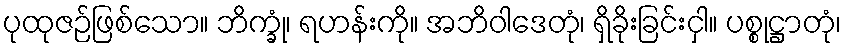
ပုထုဇဉ်ဖြစ်သော။ ဘိက္ခုံ၊ ရဟန်းကို။ အဘိဝါဒေတုံ၊ ရှိခိုးခြင်းငှါ။ ပစ္စုဋ္ဌာတုံ၊